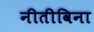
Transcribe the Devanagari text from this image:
नीतीविना